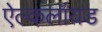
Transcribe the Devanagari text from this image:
ऐल्कलॉयड